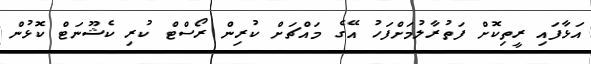
އަޅާފައި ރީތިކޮށް ފަތުރާލުމަށްފަހު އޭގެ މައްޗަށް ކުރިން ރޯސްޓް ކުރި ކެޝޫނަޓް ކޮޅުން